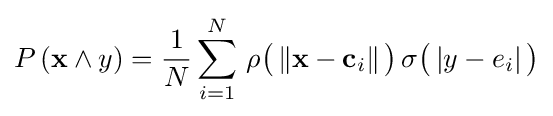
P\left(\mathbf {x} \land y\right)={1 \over N}\sum _{i=1}^{N}\,\rho {\big (}\left\Vert \mathbf {x} -\mathbf {c} _{i}\right\Vert {\big )}\,\sigma {\big (}\left\vert y-e_{i}\right\vert {\big )}